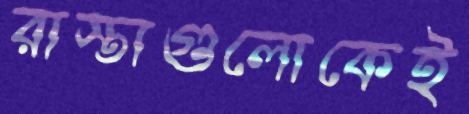
রাস্তাগুলোকেই